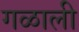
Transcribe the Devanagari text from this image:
गळाली